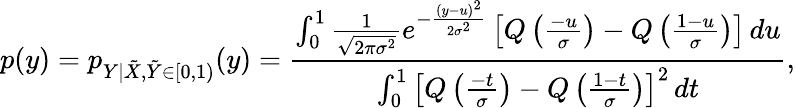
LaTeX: p(y)=p_{Y|\tilde{X},\tilde{Y}\in[0,1)}(y)=\frac{\int_{0}^{1}\frac{1}{\sqrt{2\pi\sigma^{2}}}e^{-\frac{(y-u)^{2}}{2\sigma^{2}}}\left[Q\left(\frac{-u}{\sigma}\right)-Q\left(\frac{1-u}{\sigma}\right)\right]\, du}{\int_{0}^{1}\left[Q\left(\frac{-t}{\sigma}\right)-Q\left(\frac{1-t}{\sigma}\right)\right]^{2}\, dt},